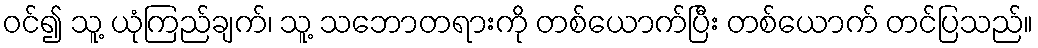
ဝင်၍ သူ့ ယုံကြည်ချက်၊ သူ့ သဘောတရားကို တစ်ယောက်ပြီး တစ်ယောက် တင်ပြသည်။